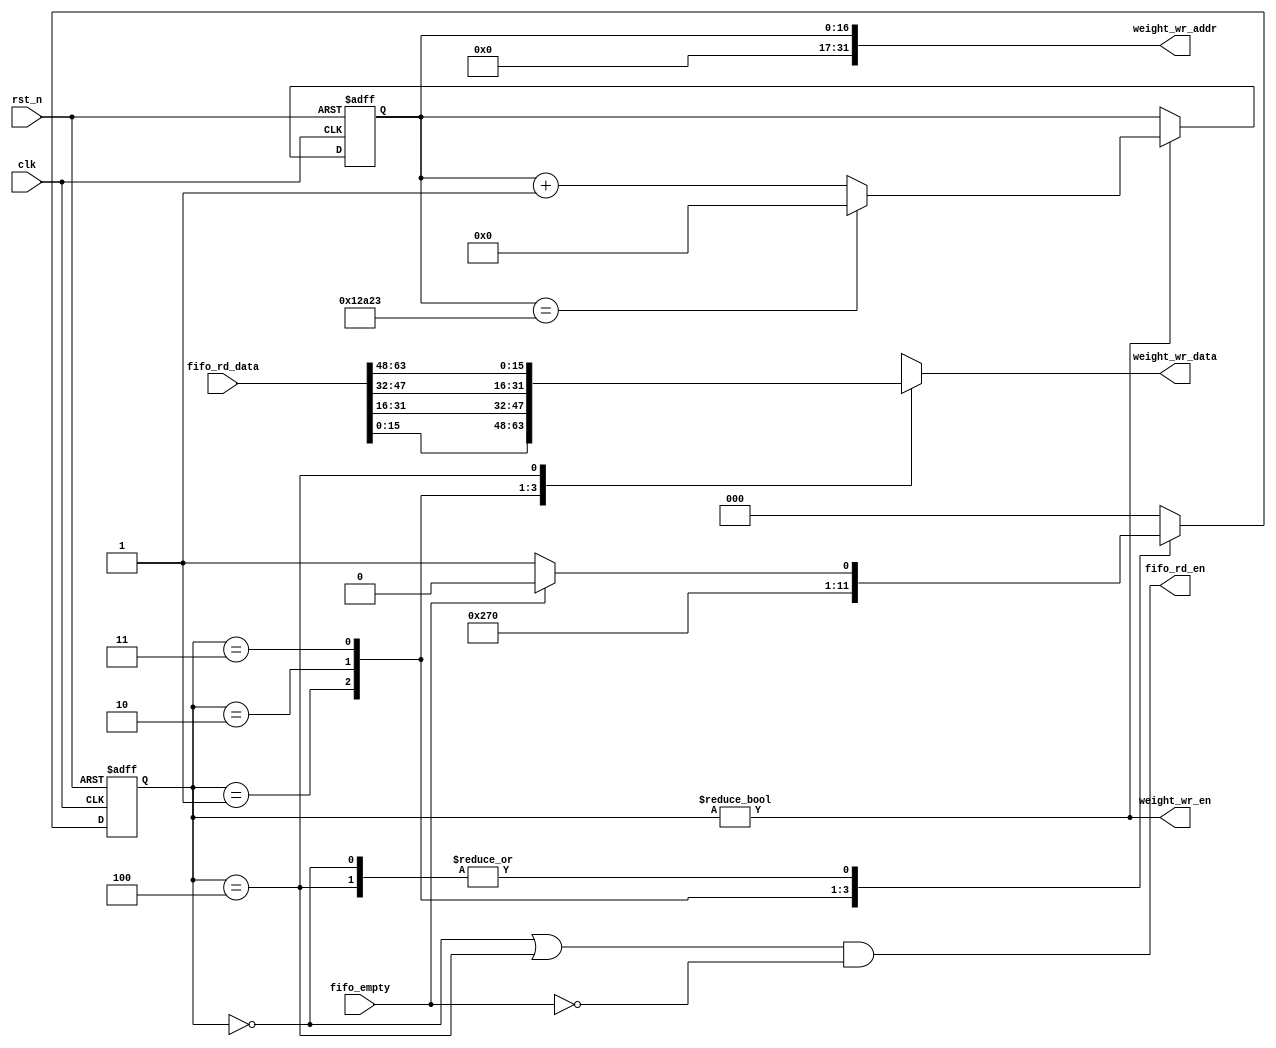
`timescale 1ns / 1ps

module fifo_64bits_to_mem_16bits_weight #(
    parameter NUM_WEIGHTS = 76323
)(
    output reg [15:0] weight_wr_data,
    output     [31:0] weight_wr_addr,
    output            weight_wr_en,
    output            fifo_rd_en,
    input      [63:0] fifo_rd_data,
    input             fifo_empty,
    input             clk,
    input             rst_n
);

    // Control FSM
    localparam IDLE    = 0;
    localparam STATE_0 = 1;
    localparam STATE_1 = 2;
    localparam STATE_2 = 3;
    localparam STATE_3 = 4;

    reg [2:0] current_state;
    reg [2:0] next_state;

    always @ (posedge clk or negedge rst_n) begin
        if (~rst_n) begin
            current_state <= IDLE;
        end
        else begin
            current_state <= next_state;
        end
    end

    always @ (*) begin
        case (current_state)
            IDLE    : next_state <= fifo_empty ? IDLE : STATE_0;
            STATE_0 : next_state <= STATE_1;
            STATE_1 : next_state <= STATE_2;
            STATE_2 : next_state <= STATE_3;
            STATE_3 : next_state <= fifo_empty ? IDLE : STATE_0;
            default : next_state <= IDLE;
        endcase
    end

    // Address counter
    localparam COUNTER_LIMIT = (NUM_WEIGHTS + 4) / 4 * 4;
    localparam COUNTER_WIDTH = $clog2(COUNTER_LIMIT);

    reg [COUNTER_WIDTH-1:0] addr_cnt;

    always @ (posedge clk or negedge rst_n) begin
        if (~rst_n) begin
            addr_cnt <= 0;
        end
        else if (current_state != IDLE) begin
            addr_cnt <= addr_cnt == COUNTER_LIMIT - 1 ? 0 : addr_cnt + 1;
        end
    end

    // Output
    always @ (*) begin
        case (current_state)
            STATE_0 : weight_wr_data <= fifo_rd_data[15:0];
            STATE_1 : weight_wr_data <= fifo_rd_data[31:16];
            STATE_2 : weight_wr_data <= fifo_rd_data[47:32];
            STATE_3 : weight_wr_data <= fifo_rd_data[63:48];
            default : weight_wr_data <= {16{1'bx}};
        endcase
    end

    assign weight_wr_addr = {{32-COUNTER_WIDTH{1'b0}}, addr_cnt};
    assign weight_wr_en = current_state != IDLE;
    assign fifo_rd_en = (current_state == IDLE || current_state == STATE_3) && ~fifo_empty;

endmodule